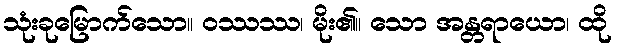
သုံးခုမြောက်သော။ ဝဿဿ၊ မိုး၏။ သော အန္တရာယော၊ ထို